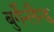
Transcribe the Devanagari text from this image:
बुर्गेन्लैन्ड